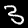
Digit: 3